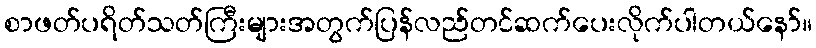
စာဖတ်ပရိတ်သတ်ကြီးများအတွက်ပြန်လည်တင်ဆက်ပေးလိုက်ပါတယ်နော်။